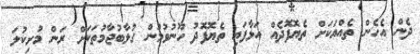
ދެން އެހެން ތެއްޔަކަށް ތެޔޮފޮދެއް އަޅާފައި ތެޔޮފޮދު ހޫނުވުމުން ގުލާބުޖާމުތަކަށް ރަން މުށިކުލަ